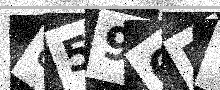
Text: 8596BY